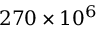
2 7 0 \times 1 0 ^ { 6 }